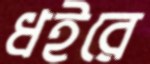
ধইরে